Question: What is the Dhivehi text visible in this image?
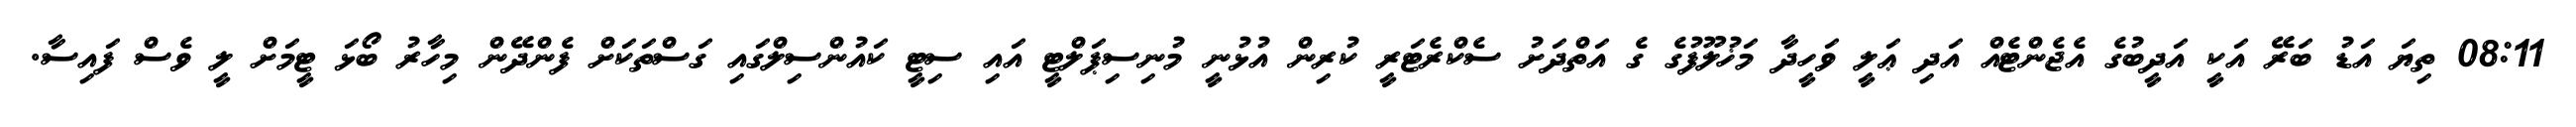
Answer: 08:11 ތިޔަ އަޑު ބަރޭ އަކީ އަދީބުގެ އެޖެންޓެއް އަދި ޢަލީ ވަހީދާ މަޚުލޫފުގެ ގެ އަތްދަށު ސެކްރެޓަރީ ކުރިން އުޅުނީ މުނިސިޕަލްޓީ އައި ސިޓީ ކައުންސިލްގައި ގަސްތަކަށް ފެންދޭން މިހާރު ބޯޅަ ޓީމަށް ލީ ވެސް ފައިސާ.